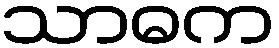
သာဓက